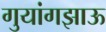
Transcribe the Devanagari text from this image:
गुयांगझाऊ